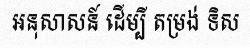
អនុសាសន៍ ដើម្បី តម្រង់ ទិស